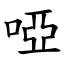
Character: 啞